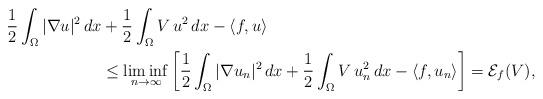
LaTeX: \begin{align*}\frac{1}{2}\int_\Omega|\nabla u|^2\,dx&+\frac{1}{2}\int_\Omega V\,u^2\,dx-\langle f,u\rangle\\&\le\liminf_{n\to\infty}\left[\frac{1}{2}\int_\Omega|\nabla u_n|^2\,dx+\frac{1}{2}\int_\Omega V\,u_n^2\,dx-\langle f,u_n\rangle\right]=\mathcal{E}_f(V),\end{align*}